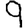
Digit: 9